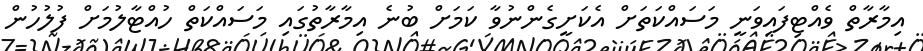
އިމާރާތް ވެއްޓިފައިވަނީ މަސައްކަތަށް އެކަށީގެންނުވާ ކަމަށް ބުނެ އިމާރާތުގައި މަސައްކަތް ހުއްޓާލުމަށް ފުލުހުން